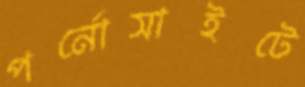
পর্নোসাইটে